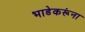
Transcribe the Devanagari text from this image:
भाडेकरूंना